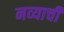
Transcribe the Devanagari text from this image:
नव्याची